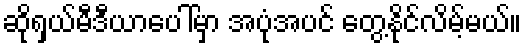
ဆိုရှယ်မီဒီယာပေါ်မှာ အပုံအပင် တွေ့နိုင်လိမ့်မယ်။